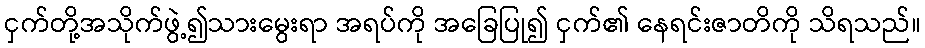
ငှက်တို့အသိုက်ဖွဲ့၍သားမွေးရာ အရပ်ကို အခြေပြု၍ ငှက်၏ နေရင်းဇာတိကို သိရသည်။